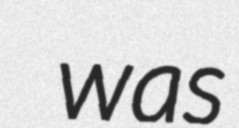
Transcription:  was